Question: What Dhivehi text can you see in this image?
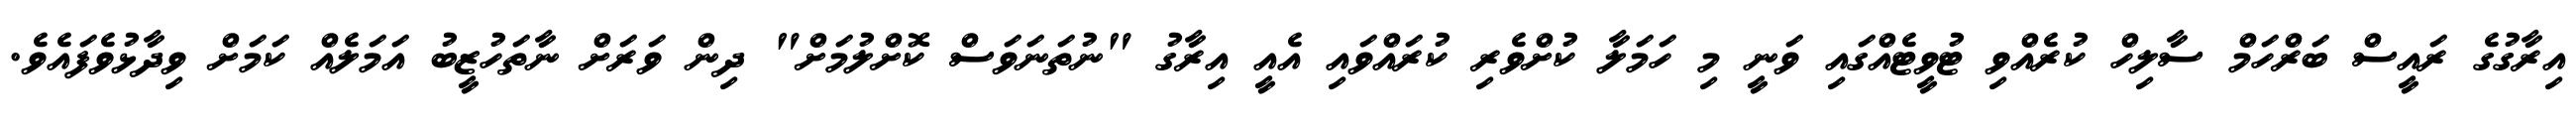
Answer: އިރާގުގެ ރައީސް ބަރްހަމް ސާލިހް ކުރެއްވި ޓުވީޓެއްގައި ވަނީ މި ހަމަލާ ކުށްވެރި ކުރައްވައި އެއީ އިރާގު "ނުތަނަވަސް ކޮށްލުމަށް" ދިން ވަރަށް ނާތަހުޒީބު އަމަލެއް ކަމަށް ވިދާޅުވެފައެވެ.